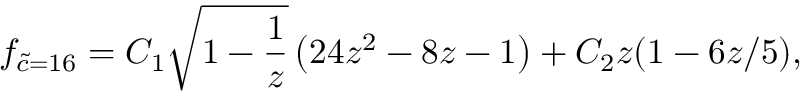
f _ { \widetilde c = 1 6 } = C _ { 1 } \sqrt { 1 - \frac { 1 } { z } } \left( 2 4 z ^ { 2 } - 8 z - 1 \right) + C _ { 2 } z ( 1 - 6 z / 5 ) ,